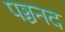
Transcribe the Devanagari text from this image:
पञ्चनद